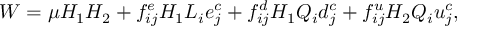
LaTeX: W = \mu H _ { 1 } H _ { 2 } + f _ { i j } ^ { e } H _ { 1 } L _ { i } e _ { j } ^ { c } + f _ { i j } ^ { d } H _ { 1 } Q _ { i } d _ { j } ^ { c } + f _ { i j } ^ { u } H _ { 2 } Q _ { i } u _ { j } ^ { c } ,